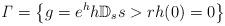
LaTeX: \begin{align*}\mathit{\Gamma}=\left\{ g=e^{h}h\mathbb{D}_{s}s>rh(0)=0\right\} \end{align*}